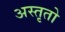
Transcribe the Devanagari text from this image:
अस्तृतो